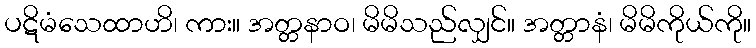
ပဋိမံသေထာဟိ၊ ကား။ အတ္တနာဝ၊ မိမိသည်လျှင်။ အတ္တာနံ၊ မိမိကိုယ်ကို။